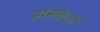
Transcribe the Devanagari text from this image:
संस्कर्ता